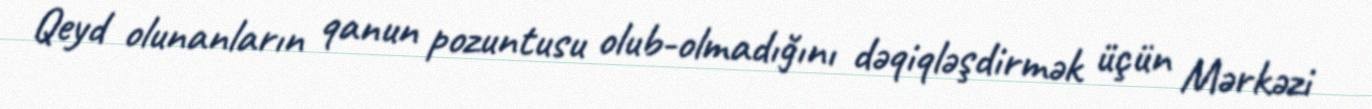
Qeyd olunanların qanun pozuntusu olub-olmadığını dəqiqləşdirmək üçün Mərkəzi